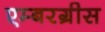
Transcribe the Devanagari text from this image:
एम्बरग्रीस